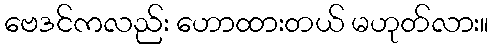
ဗေဒင်ကလည်း ဟောထားတယ် မဟုတ်လား။